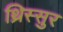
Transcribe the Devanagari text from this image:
थ्रिस्सुर